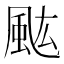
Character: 𩖢